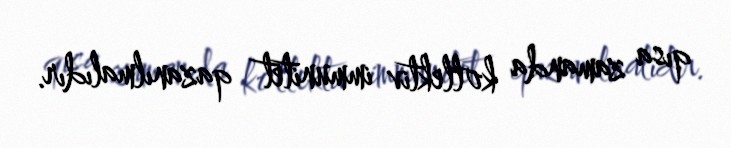
qısa zamanda kollektiv immunitet qazanılmalıdır.